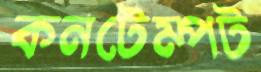
কনটেম্পট